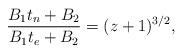
LaTeX: \begin{align*}\frac{B_1t_n+B_2}{B_1t_e+B_2}=(z+1)^{3/2},\end{align*}